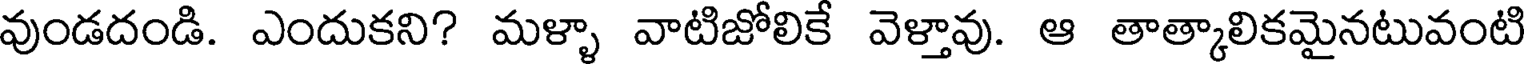
వుండదండి. ఎందుకని? మళ్ళా వాటిజోలికే వెళ్తావు. ఆ తాత్కాలికమైనటువంటి